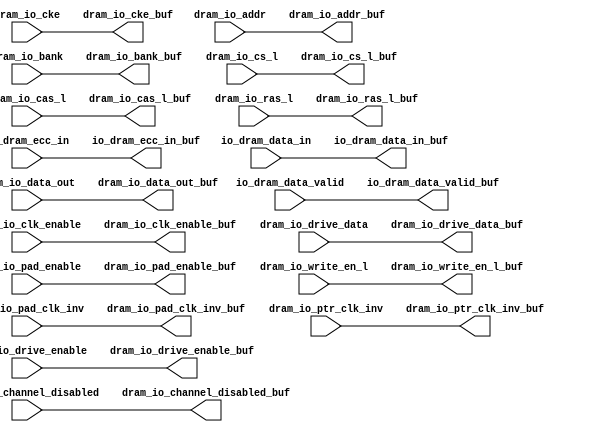
// ========== Copyright Header Begin ==========================================
// 
// OpenSPARC T1 Processor File: dram_ddr_rptr_south.v
// Copyright (c) 2006 Sun Microsystems, Inc.  All Rights Reserved.
// DO NOT ALTER OR REMOVE COPYRIGHT NOTICES.
// 
// The above named program is free software; you can redistribute it and/or
// modify it under the terms of the GNU General Public
// License version 2 as published by the Free Software Foundation.
// 
// The above named program is distributed in the hope that it will be 
// useful, but WITHOUT ANY WARRANTY; without even the implied warranty of
// MERCHANTABILITY or FITNESS FOR A PARTICULAR PURPOSE.  See the GNU
// General Public License for more details.
// 
// You should have received a copy of the GNU General Public
// License along with this work; if not, write to the Free Software
// Foundation, Inc., 51 Franklin St, Fifth Floor, Boston, MA 02110-1301, USA.
// 
// ========== Copyright Header End ============================================
module dram_ddr_rptr_south ( /*AUTOARG*/
   // Outputs
   io_dram_data_valid_buf, io_dram_ecc_in_buf, io_dram_data_in_buf, 
   dram_io_cas_l_buf, dram_io_channel_disabled_buf, dram_io_cke_buf, 
   dram_io_clk_enable_buf, dram_io_drive_data_buf, 
   dram_io_drive_enable_buf, dram_io_pad_clk_inv_buf, 
   dram_io_pad_enable_buf, dram_io_ras_l_buf, dram_io_write_en_l_buf, 
   dram_io_addr_buf, dram_io_bank_buf, dram_io_cs_l_buf, 
   dram_io_data_out_buf, dram_io_ptr_clk_inv_buf, 
   // Inputs
   io_dram_data_valid, io_dram_ecc_in, io_dram_data_in, 
   dram_io_cas_l, dram_io_channel_disabled, dram_io_cke, 
   dram_io_clk_enable, dram_io_drive_data, dram_io_drive_enable, 
   dram_io_pad_clk_inv, dram_io_pad_enable, dram_io_ras_l, 
   dram_io_write_en_l, dram_io_addr, dram_io_bank, dram_io_cs_l, 
   dram_io_data_out, dram_io_ptr_clk_inv
   );

/*OUTPUTS*/
output 		io_dram_data_valid_buf;
output [31:0]	io_dram_ecc_in_buf;
output [255:0]	io_dram_data_in_buf;

output		dram_io_cas_l_buf;
output		dram_io_channel_disabled_buf;
output		dram_io_cke_buf;
output		dram_io_clk_enable_buf;
output		dram_io_drive_data_buf;
output		dram_io_drive_enable_buf;
output		dram_io_pad_clk_inv_buf;
output		dram_io_pad_enable_buf;
output		dram_io_ras_l_buf;
output		dram_io_write_en_l_buf;
output [14:0]	dram_io_addr_buf;
output [2:0]	dram_io_bank_buf;
output [3:0]	dram_io_cs_l_buf;
output [287:0]	dram_io_data_out_buf;
output [4:0]	dram_io_ptr_clk_inv_buf;

/*INPUTS*/
input 		io_dram_data_valid;
input [31:0]	io_dram_ecc_in;
input [255:0]	io_dram_data_in;

input          dram_io_cas_l;
input          dram_io_channel_disabled;
input          dram_io_cke;
input          dram_io_clk_enable;
input          dram_io_drive_data;   
input          dram_io_drive_enable;   
input          dram_io_pad_clk_inv;     
input          dram_io_pad_enable;    
input          dram_io_ras_l;
input          dram_io_write_en_l;
input [14:0]   dram_io_addr;
input [2:0]    dram_io_bank;
input [3:0]    dram_io_cs_l;
input [287:0]  dram_io_data_out;
input [4:0]    dram_io_ptr_clk_inv;


/************************* CODE *********************************/

assign io_dram_data_in_buf                   = io_dram_data_in[255:0]; 
assign io_dram_data_valid_buf                = io_dram_data_valid;   
assign io_dram_ecc_in_buf                    = io_dram_ecc_in[31:0]; 

assign dram_io_addr_buf                      = dram_io_addr[14:0];   
assign dram_io_bank_buf                      = dram_io_bank[2:0];    
assign dram_io_cas_l_buf                     = dram_io_cas_l;       
assign dram_io_channel_disabled_buf          = dram_io_channel_disabled; 
assign dram_io_cke_buf                       = dram_io_cke;          
assign dram_io_clk_enable_buf                = dram_io_clk_enable;   
assign dram_io_cs_l_buf                      = dram_io_cs_l[3:0];    
assign dram_io_data_out_buf                  = dram_io_data_out[287:0]; 
assign dram_io_drive_data_buf                = dram_io_drive_data;   
assign dram_io_drive_enable_buf              = dram_io_drive_enable; 
assign dram_io_pad_clk_inv_buf               = dram_io_pad_clk_inv;  
assign dram_io_pad_enable_buf                = dram_io_pad_enable;   
assign dram_io_ptr_clk_inv_buf               = dram_io_ptr_clk_inv[4:0]; 
assign dram_io_ras_l_buf                     = dram_io_ras_l;        
assign dram_io_write_en_l_buf                = dram_io_write_en_l;   

endmodule